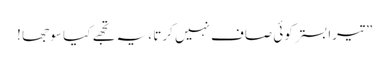
” تیرا بستر کوئی صاف نہیں کرتا ، یہ تجھے کیا سو جھا !